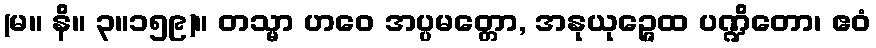
(မ။ နိ။ ၃။၁၅၉)။ တသ္မာ ဟဝေ အပ္ပမတ္တော, အနုယုဉ္ဇေထ ပဏ္ဍိတော၊ ဧဝံ